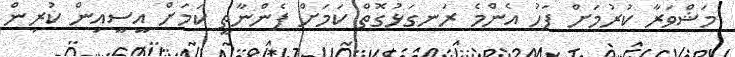
މަޝްވަރާ ކުރުމަށް ފަހު އެންމެ ރަނގަޅުގޮތް ކަމަށް ފެންނާތީ ކަމަށް އީސީއިން ކުރިން